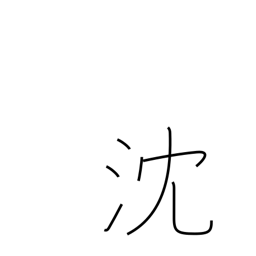
Meaning: be depressed